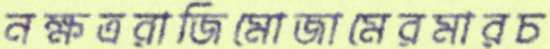
নক্ষত্ররাজিমোজামেরমারচ